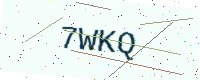
Text: 7WKQ